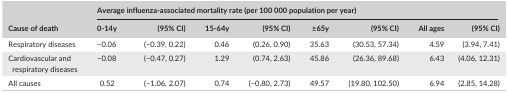
<table><thead><tr><td rowspan="2"><b>Cause of death</b></td><td colspan="8"><b>Average influenza‐associated mortality rate (per 100 000 population per year)</b></td></tr><tr><td><b>0‐14y</b></td><td><b>(95% CI)</b></td><td><b>15‐64y</b></td><td><b>(95% CI)</b></td><td><b>≥65y</b></td><td><b>(95% CI)</b></td><td><b>All ages</b></td><td><b>(95% CI)</b></td></tr></thead><tbody><tr><td>Respiratory diseases</td><td>−0.06</td><td>(−0.39, 0.22)</td><td>0.46</td><td>(0.26, 0.90)</td><td>35.63</td><td>(30.53, 57.34)</td><td>4.59</td><td>(3.94, 7.41)</td></tr><tr><td>Cardiovascular and respiratory diseases</td><td>−0.08</td><td>(−0.47, 0.27)</td><td>1.29</td><td>(0.74, 2.63)</td><td>45.86</td><td>(26.36, 89.68)</td><td>6.43</td><td>(4.06, 12.31)</td></tr><tr><td>All causes</td><td>0.52</td><td>(−1.06, 2.07)</td><td>0.74</td><td>(−0.80, 2.73)</td><td>49.57</td><td>(19.80, 102.50)</td><td>6.94</td><td>(2.85, 14.28)</td></tr></tbody></table>